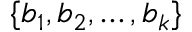
\{ b _ { 1 } , b _ { 2 } , \ldots , b _ { k } \}